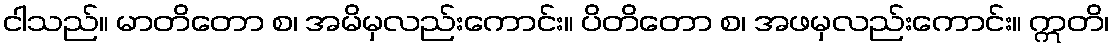
ငါသည်။ မာတိတော စ၊ အမိမှလည်းကောင်း။ ပိတိတော စ၊ အဖမှလည်းကောင်း။ ဣတိ၊